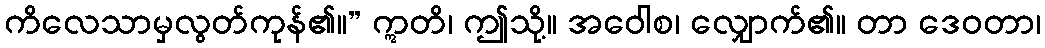
ကိလေသာမှလွတ်ကုန်၏။” ဣတိ၊ ဤသို့။ အဝေါစ၊ လျှောက်၏။ တာ ဒေဝတာ၊